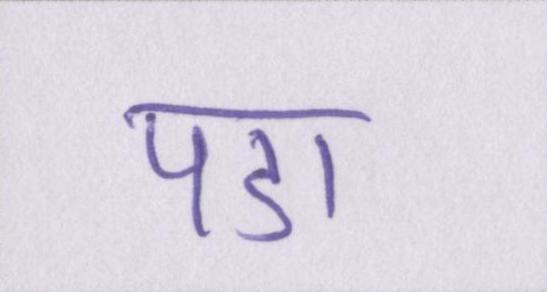
पडा